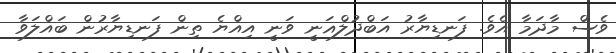
ވެސް މާދަމާ އެވެ. ފަނޑިޔާރު އަބްދުލްޣަނީ ވަނީ އިއްޔެ ތިން ފަނޑިޔާރުން ބައްލަވާ